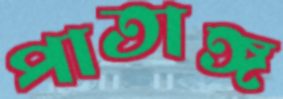
পাতাঙ্গ